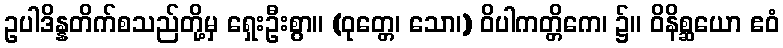
ဥပါဒိန္နတိက်စသည်တို့မှ ရှေးဦးစွာ။ (ဝုတ္တေ၊ သော၊) ဝိပါကတ္တိကေ၊ ၌။ ဝိနိစ္ဆယော ဧဝံ